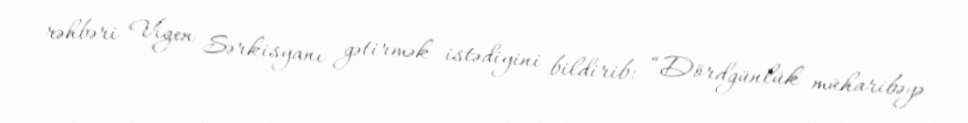
rəhbəri Vigen Sərkisyanı gətirmək istədiyini bildirib: “Dördgünlük müharibəyə